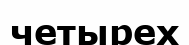
четырех